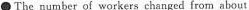
\bulletThe number of workers changed from about